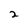
Character: 2